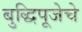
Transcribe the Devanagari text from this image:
बुद्धिपूजेचे